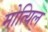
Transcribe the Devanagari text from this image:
मोत्यिल